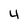
Character: 4